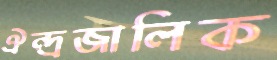
ঐন্দ্রজালিক